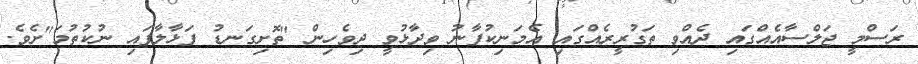
ރަސްމީ ޖަލްސާއެއްގައި ދެއްވި ތަގުރީރެއްގައި އެމަނިކުފާނު ވިދާޅުވީ ދިވެހިން "ތޮށިގަނޑު ފަޅާލާފައި ނުކުތުމަ"ށެވެ.